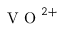
\mathrm { ~ V ~ O ~ } ^ { 2 + }